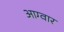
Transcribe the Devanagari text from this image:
आग्वार